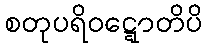
စတုပရိဝဋ္ဋောတိပိ